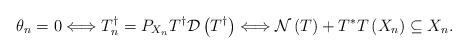
LaTeX: \begin{align*}\theta _{n}=0\Longleftrightarrow T_{n}^{\dag }=P_{X_{n}}T^{\dag }\mathcal{D}\left( T^{\dag }\right) \Longleftrightarrow \mathcal{N}\left(T\right) +T^{\ast }T\left( X_{n}\right) \subseteq X_{n}. \end{align*}